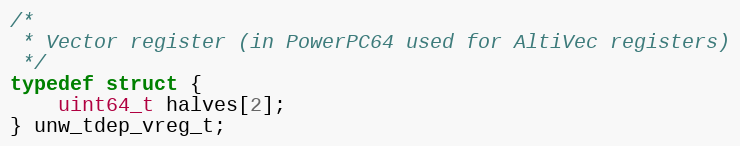
Language: C
/*
 * Vector register (in PowerPC64 used for AltiVec registers)
 */
typedef struct {
    uint64_t halves[2];
} unw_tdep_vreg_t;